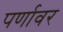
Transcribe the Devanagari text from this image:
पर्णावर